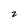
Character: z